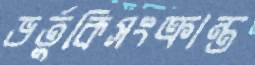
ভর্তুকিসংক্রান্ত